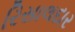
રિસાલદાર